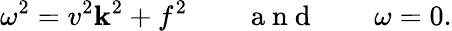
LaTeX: \omega^{2}=v^{2}\mathbf{k}^{2}+f^{2}\qquad\mathrm{{~a~n~d~}}\qquad\omega=0.